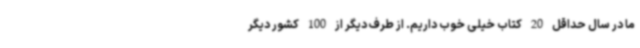
ما در سال حداقل 20 کتاب خیلی خوب داریم. از طرف دیگر از 100 کشور دیگر